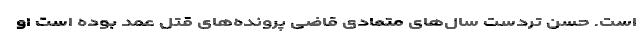
است. حسن تردست سال‌های متمادی قاضی پرونده‌های قتل عمد بوده است او